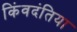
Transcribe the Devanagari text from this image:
किंवदंतिया